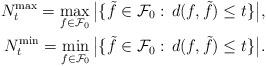
LaTeX: \begin{align*}N_{t}^{\max}= \max_{f\in\mathcal{F}_0}\big| \{ \tilde{f}\in\mathcal{F}_0:\, d(f,\tilde{f})\leq t\} \big|,\\N_{t}^{\min}= \min_{f\in\mathcal{F}_0}\big|\{ \tilde{f}\in\mathcal{F}_0:\, d(f,\tilde{f})\leq t\}\big|.\end{align*}